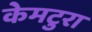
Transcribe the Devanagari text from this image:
केमटुरा